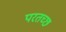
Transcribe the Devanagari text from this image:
परतच्‍छ